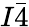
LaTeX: I\bar{4}